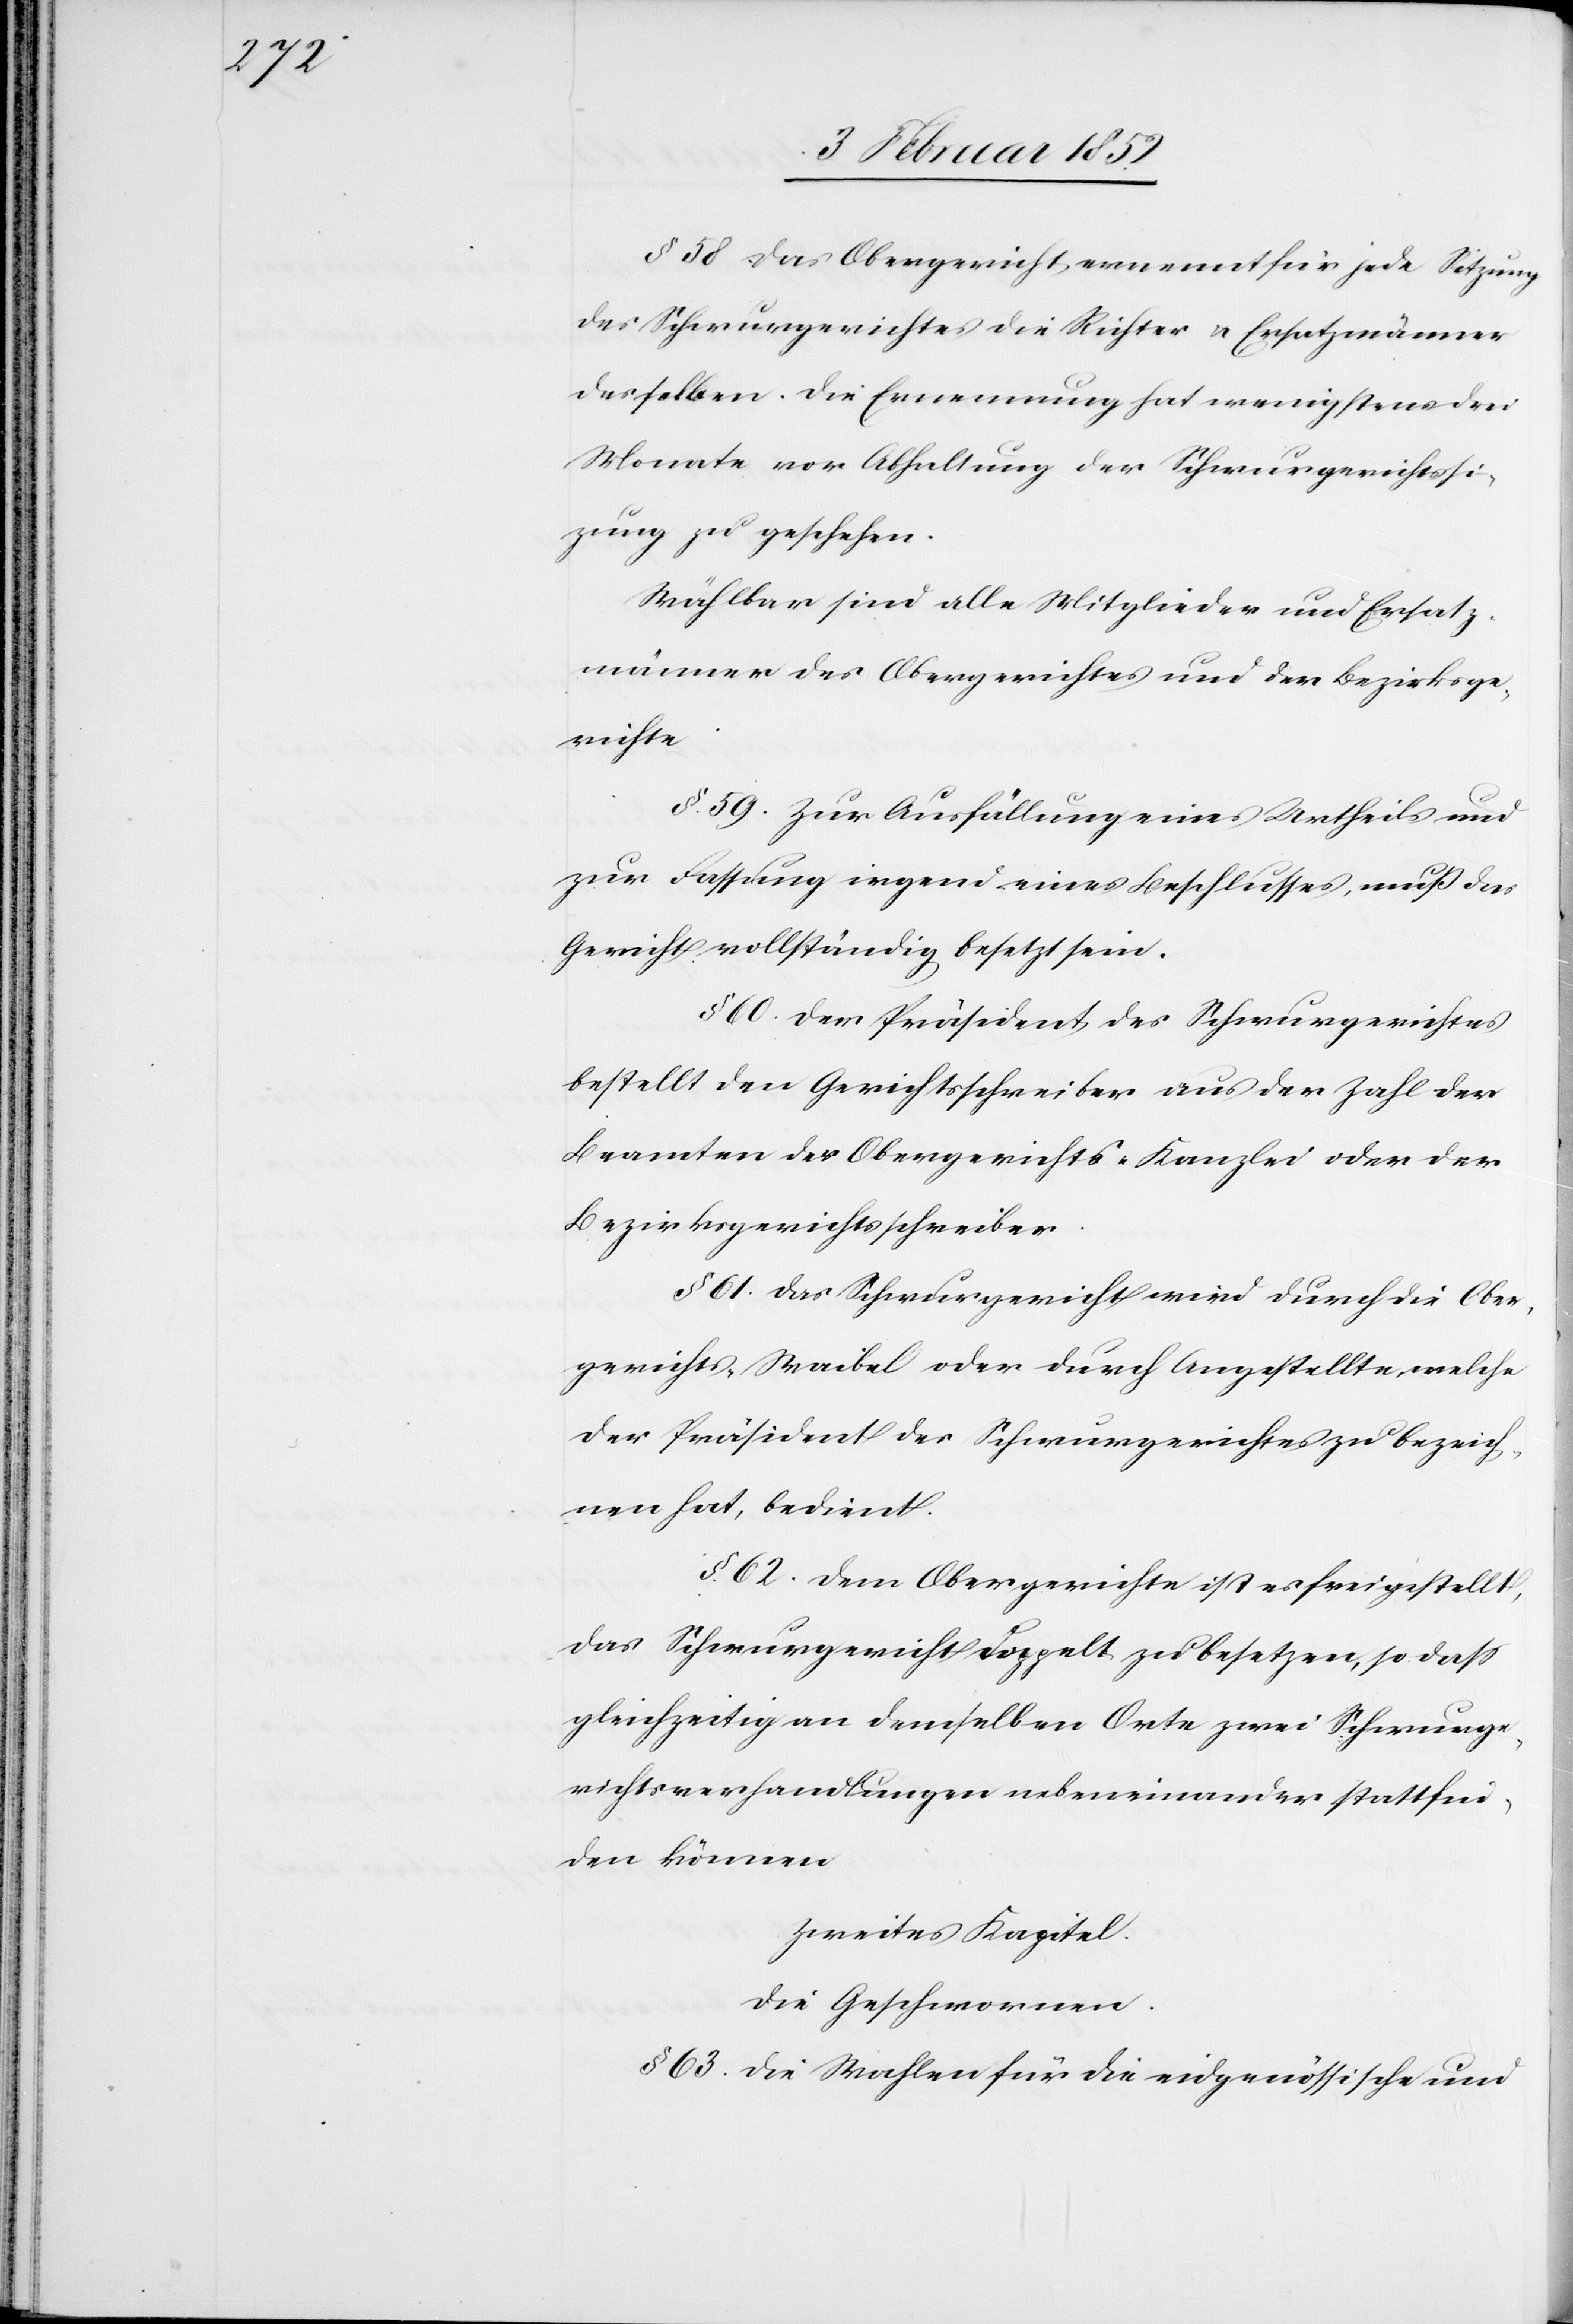
§. 58. Das Obergericht ernennt für jede Sitzung
des Schwurgerichtes die Richter u. Ersatzmänner
desselben. Die Ernennung hat wenigstens drei
Monate vor Abhaltung der Schwurgerichtssi¬
tzung zu geschehen.
Wählbar sind alle Mitglieder und Ersatz¬
männer des Obergerichtes und der Bezirksge¬
richte.
§. 59. Zur Ausfällung eines Urtheils und
zur Fassung irgend eines Beschlusses, muß das
Gericht vollständig besetzt sein.
§ 60. Der Präsident des Schwurgerichtes
bestellt den Gerichtsschreiber aus der Zahl der
Beamten der Obergerichts-Kanzlei oder der
Bezirksgerichtsschreiber.
§ 61. Das Schwurgericht wird durch die Ober¬
gerichts-Waibel oder durch Angestellte, welche
der Präsident des Schwurgerichtes zu bezeich¬
nen hat, bedient.
§. 62. Dem Obergerichte ist es freigestellt,
das Schwurgericht doppelt zu besetzen, so daß
gleichzeitig an demselben Orte zwei Schwurge¬
richtsverhandlungen nebeneinander stattfin¬
den können.
Zweites Kapitel
Die Geschwornen.
§ 63. Die Wahlen für die eidgenössische und